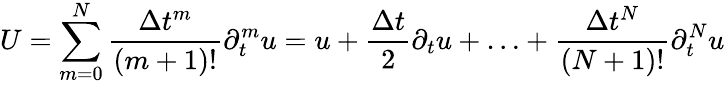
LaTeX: U=\sum_{m=0}^{N}\frac{\Delta t^{m}}{(m+1)!}\partial_{t}^{m}u=u+\frac{\Delta t}{2}\partial_{t}u+\ldots+\frac{\Delta t^{N}}{(N+1)!}\partial_{t}^{N}u